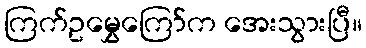
ကြက်ဥမွှေကြော်က အေးသွားပြီ။